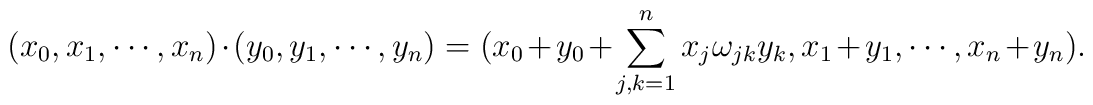
( x_0, x_1, \cdots, x_n ) 	\cdot	( y_0, y_1, \cdots, y_n ) 	=	( x_0 + y_0 + \sum_{j,k=1}^n x_j \omega_{jk} y_k,	 x_1 + y_1, \cdots, x_n + y_n ).